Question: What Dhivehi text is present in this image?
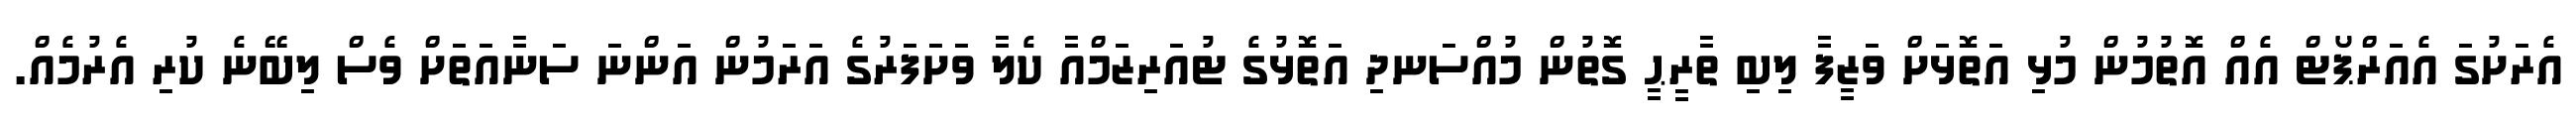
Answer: އެރަށުގަ އެއަރްޕޯޓް އެއް އޮތުމުން މުޅި އަތޮޅަށް ވަޒީފާ ލިބި ތާރީޙީ ގޮތުން މުއްސަނދި އަތޮޅުގެ ޓުއަރިޒަމްއާ ކެލާ ވަށަފަރުގެ އަރަމުން އަންނަ ސަނާއަތަށް ވެސް ލިބޭނެ ކުރި އެރުމެއް.